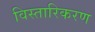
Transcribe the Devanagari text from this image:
विस्तारिकरण